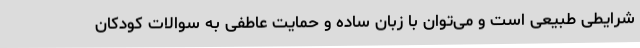
شرایطی طبیعی است و می‌توان با زبان ساده و حمایت عاطفی به سوالات کودکان